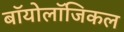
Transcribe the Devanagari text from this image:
बॉयोलॉजिकल